Medical and sanitary report of the native army of Bengal for the year
Year: 1877
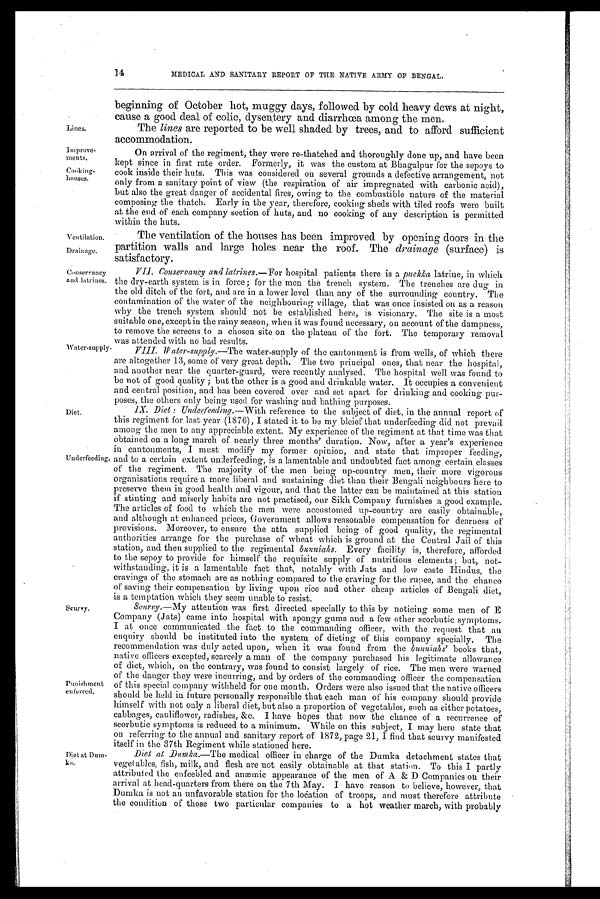
Lines.
:Improve-
ments.
Cooking-
houses.
Ventilation.
Drainage.
Conservancy
and latrines.
Water-supply.
14
MEDICAL AND SANITARY REPORT OF THE NATIVE ARMY OF BENGAL.
beginning of October hot, muggy days, followed by cold heavy dews at night,
cause a good deal of colic. dysentery and diarrhœa amon g the men.
The lines are reported to be well shaded by trees, and to afford sufficient
accommodation.
On arrival of the regiment, they were re-thatched and thoroughly done up, and have been
kept since in first rate order. Formerly, it was the custom at Bhagalpur for the sepoys to
cook inside their huts. This was considered on several grounds a defective arrangement, not
only from a sanitary point of view (the respiration of air impregnated with carbonic acid),
but also the great danger of accidental fires, owing to the combustible nature of the material
composing the thatch. Early in the year, therefore, cooking sheds with tiled roofs were built
at the end of each company section of huts, and no cooking of any description is permitted
within the huts.
The ventilation of the houses has been improved by opening doors in the
partition walls and large holes near the roof. The drainage (surface) is
satisfactory.
VII. Conservancy and latrines.— For hospital patients there is a puckka latrine, in which
the dry-earth system is in force; for the men the trench system. The trenches are dug in
the old ditch of the fort, and are in a lower level than any of the surrounding country. The
contamination of the water of the neighbouring village, that was once insisted on as a reason
why the trench system should not be established here, is visionary. The site is a most
suitable one, except in the rainy season, when it was found necessary, on account of the dampness,
to remove the screens to a chosen site on the plateau of the fort. The temporary removal
was attended with no had results.
VIII. Water-supply .— The water-supply of the cantonment is from wells, of which there
are altogether 13, some of very great depth. The two principal ones, that near the hospital,
and. another near the quarter-guard, were recently analysed. The hospital well was found to
be not of good quality ; but the other is a good and drinkable water. It occupies a convenient
and central position, and has been covered over and set apart for drinking and cooking pur-
poses, the others only being used for washing and bathing purposes.
Diet.
Underfeeding.
Scurvy.
Punishment
enforced.
Diet at Dum-
ka.
IX. Diet : Underfeeding.—Wi t h
r e f e r e n c e t o t h e s u b j e c t o f d i e t , i n t h e a n n u a l r e p o r t o f
this regiment for last year (1876), I stated it to be my bleief that underfeeding did not prevail
among the men to any appreciable extent. My experience of the regiment at that time was that
obtained on a long march of nearly three months' duration. Now, after a year's experience
in cantonments, I must modify my former opinion, and state that improper feeding,
and to a certain extent underfeeding, is a lamentable and undoubted fact among certain classes
of the regiment. The majority of the men being up-country men, their more vigorous
organisations require a more liberal and sustaining diet than their Bengali neighbours here to
preserve them in good health and vigour, and that the latter can be maintained at this station
if stinting and miserly habits are not practised, our Sikh Company furnishes a good example.
The articles of food to which the men were accustomed up-country are easily obtainable,
and although at enhanced prices, Government allows reasonable compensation for dearness of
provisions. Moreover, to ensure the atta supplied being of good quality, the regimental
authorities arrange for the purchase of wheat which is ground at the Central Jail of this
station, and then supplied to the regimental bunniahs. Every facility is, therefore, afforded
to the sepoy to provide for himself the requisite supply of nutritious elements ; but, not-
withstanding, it is a lamentable fact that, notably with Jats and low caste Hindus, the
cravings of the stomach are as nothing compared to the craving for the rupee, and the chance
of saving their compensation by living upon rice and other cheap articles of Bengali diet,
is a temptation which they seem unable to resist.
Scurvy.—My
attention was first directed specially to this by noticing some men of E
Company (Jats) came into hospital with spongy gums and a few other scorbutic symptoms.
I at once communicated the fact to the commanding officer, with the request that an
enquiry should be instituted into the system of dieting of this company specially. The
recommendation was duly acted upon, when it was found from the bunniahs' books that,
native officers excepted, scarcely a man of the company purchased his legitimate allowance
of diet, which, on the contrary, was found to consist largely of rice. The men were warned
of the danger they were incurring, and by orders of the commanding officer the compensation
of this special company withheld for one month. Orders were also issued that the native officers
should be held in future personally responsible that each man of his company should provide
himself with not only a liberal diet, but also a proportion of vegetables, such as either potatoes,
cabbages, cauliflower, radishes, &c. I have hopes that now the chance of a recurrence of
scorbutic symptoms is reduced to a minimum. While on this subject, I may here state that
on referring to the annual and sanitary report of 1872, page 21, I find that scurvy manifested
itself in the 37th Regiment while stationed here.
Diet at Dumka.—The medical officer in charge of the Dumka detachment states that
vegetables, fish, milk, and flesh are not easily obtainable at that station. To this I partly
attributed the enfeebled and anæmic appearance of the men of A & D Companies on their
arrival at head-quarters from there on the 7th May. I have reason to believe, however, that
Dumka is not an unfavorable station for the location of troops, and must therefore attribute
the condition of those two particular companies to a hot weather march, with probably